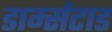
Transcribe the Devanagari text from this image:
डार्म्सटाड